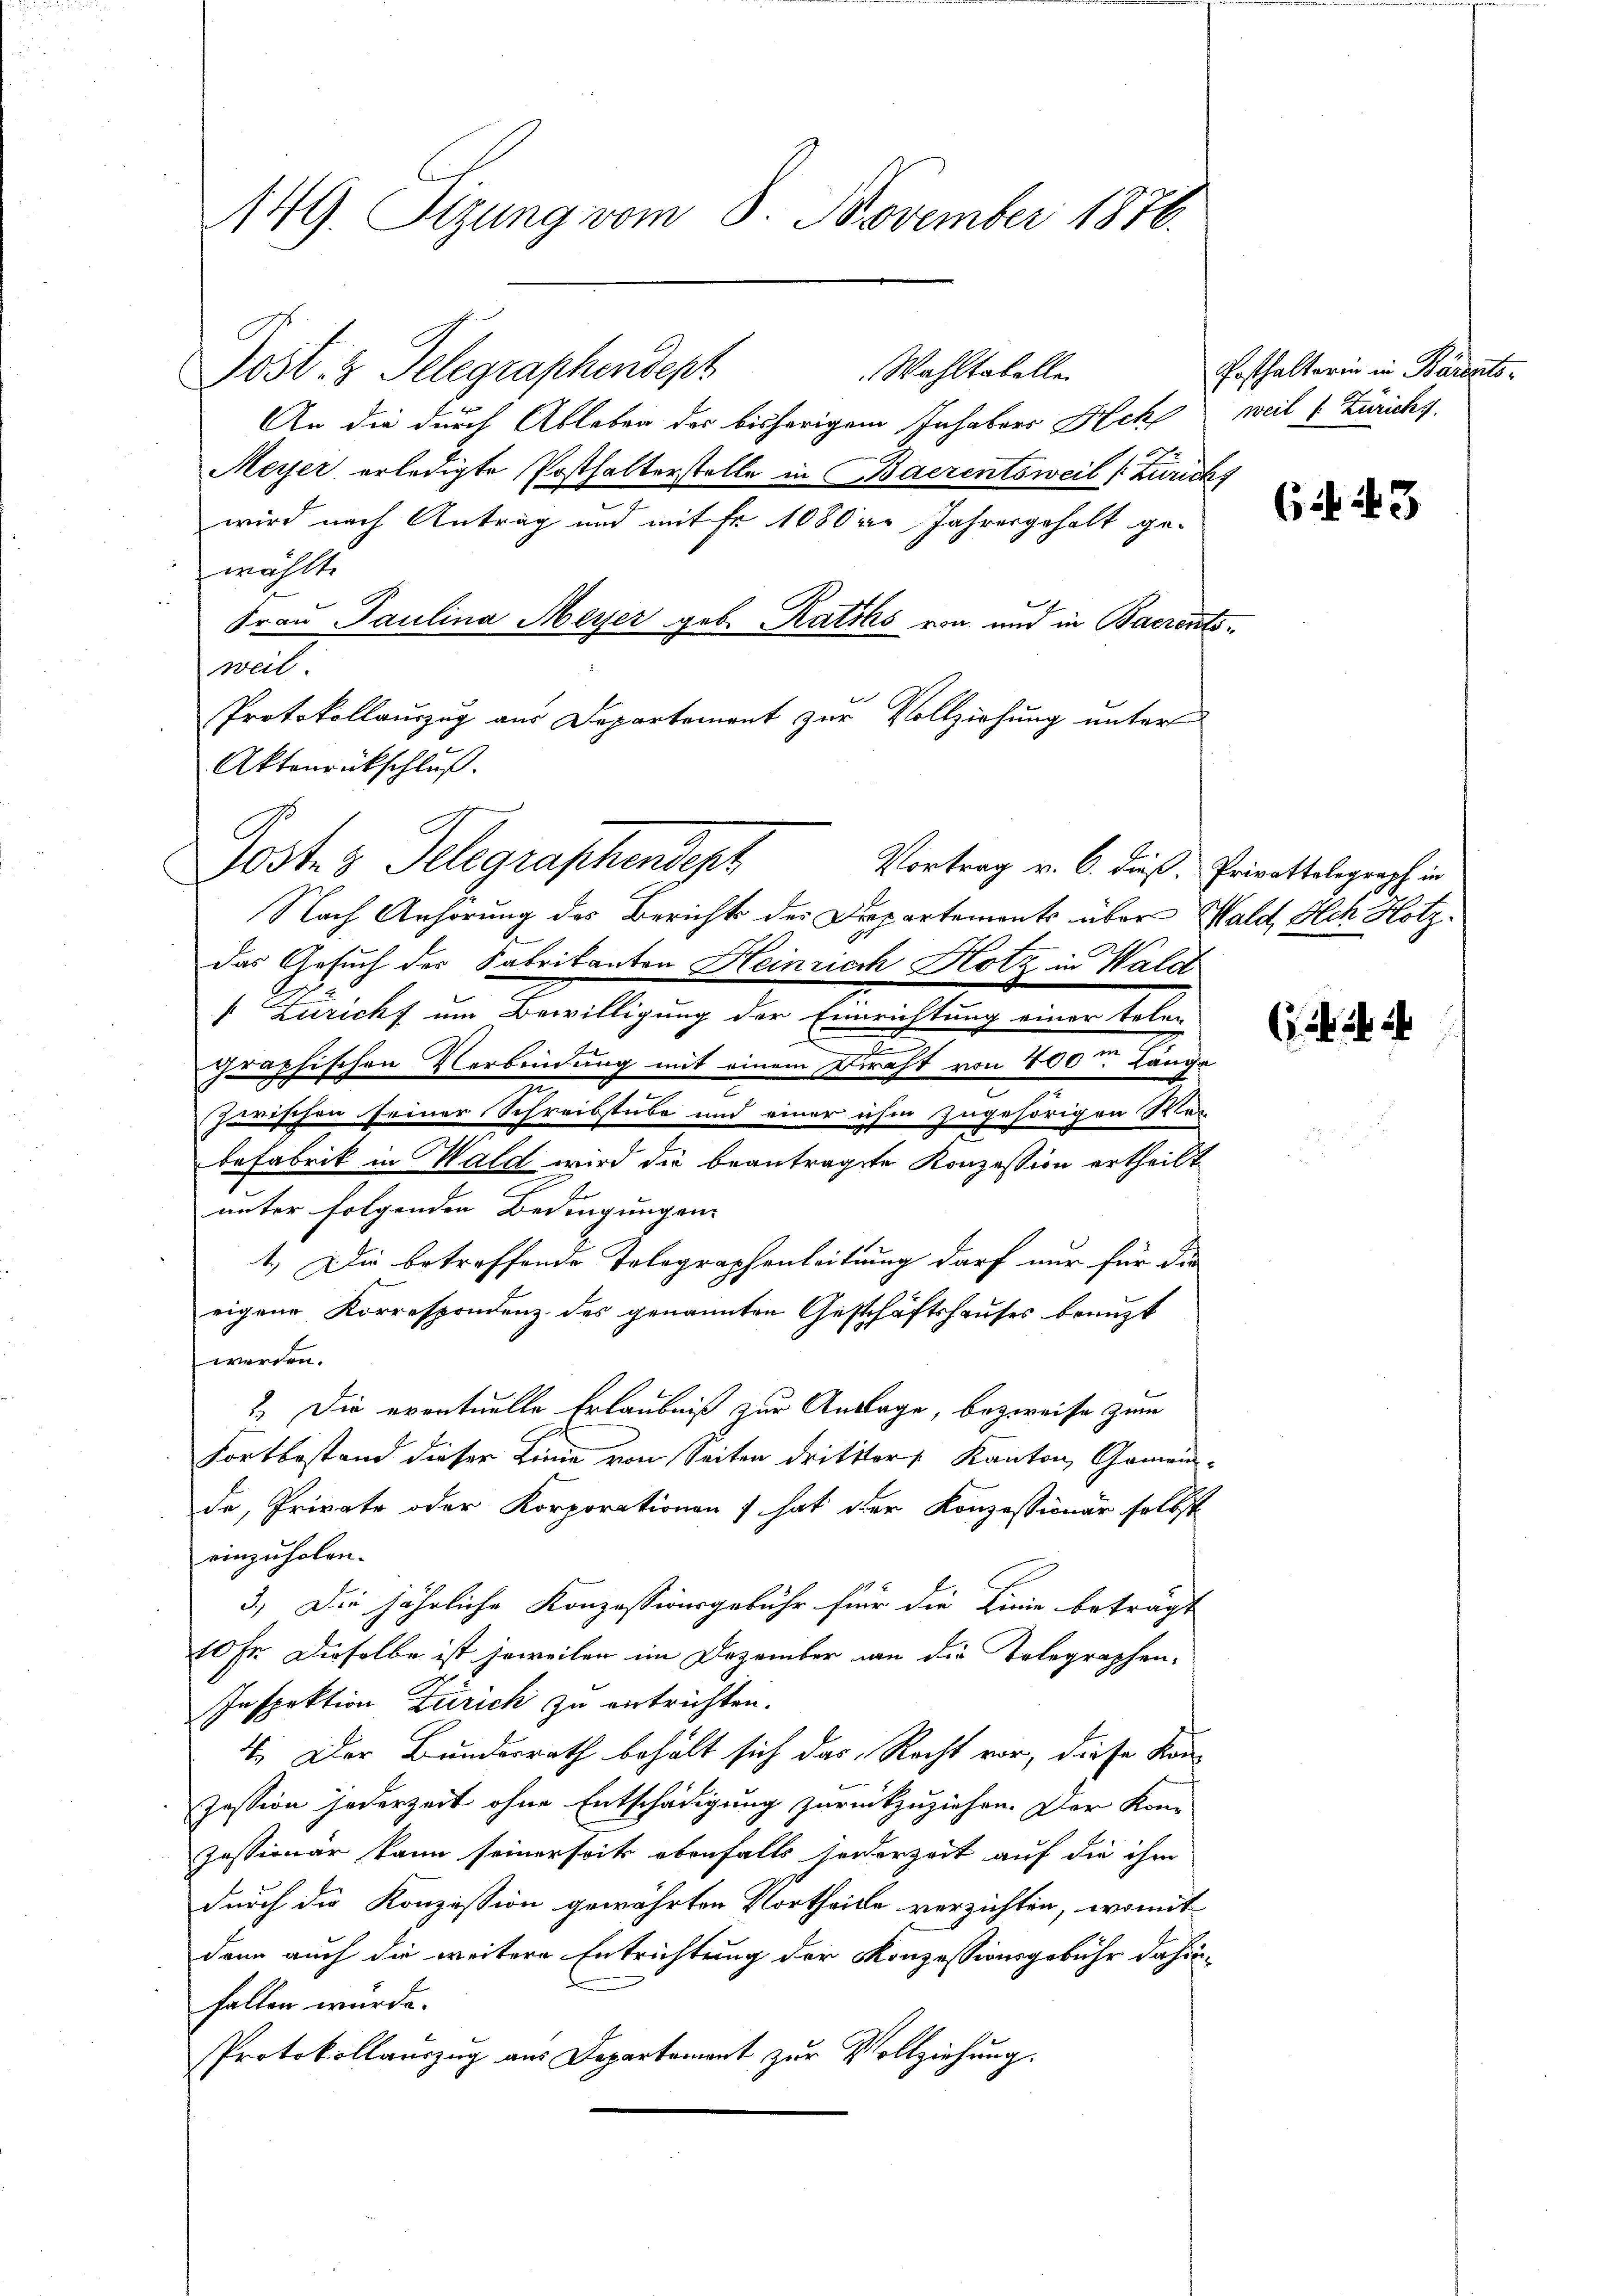
149. Sizung vom 8. November 1876.

Wahltabelle
Post z. Telegraphendest
An die durch Ableben der bisherigem Inhaber Ach
,
Meyer erledigte Posthalterstelle in Baerentsweil (Zurick,
wird nach Antrag und mit Fr. 1080er Jahresgeholt ge-
wählte
Frau Paulina Meyer geb. Raths von und in Baerents
weil.
Protokollauszug aus Departement zur Vollziehung unter
Aktenrückschluß.
Vortrag v. 6. dieß.
Nach Anhörung des Berichts der Departements über Wald, Ach Hotz
das Gesuch des Fabrikanton Heinrich Hotz, in Wald
 Züricht um Bewilligung der Einrichtung einer telen
graphischen Verbindung mit einem Draht von 800m Länge
Jwrischen seiner Schreibstube und einer ihm zugehörigen Man
befabrik in Wald wird die beantragte Konzession ertheilt
unter folgenden Bedingungen.
1.) Die betreffende Tolographenleitung darf nur für die
eigene Korrespondenz des genannten Geschäftshauses benuzt
werden.
 Die eventuelle Erlaubniß zur Antrage, bezweife zum
Fortbestand dieser Linie von Seiten drittters Kanton, Gemein-
de, Private oder Korporationen hat der Konzessimar selbst
einzuholen.
3.) Die jährliche Konzessionsgebühr für die Linie beträgt
10 Fr. Dieselbe ist soweilen im Dezember an die Telegraphen-
Inspektion Zürich zu entrichten.
4. Der Bundesrath behält sich das Recht vor, diese Kon-
Zession jederzeit ohne Entschädigung zurückzuziehen. Der Kon-
Zessionär kann seinerseit ebenfalls seiderzeit auf die ihm
durch die Konzession gewährten Vortheile verzichten, womit
dann auch die weitere Entrichtung der Konzessionsgebühr dahinfallen würde.
Protokollauszug aus Departement zur Vollziehung.

Postes Telegraphendepr

Posthalterin in Barents-
weil v. Züricht.

Cif. 243

Privattelegraph in

s